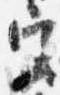
宮